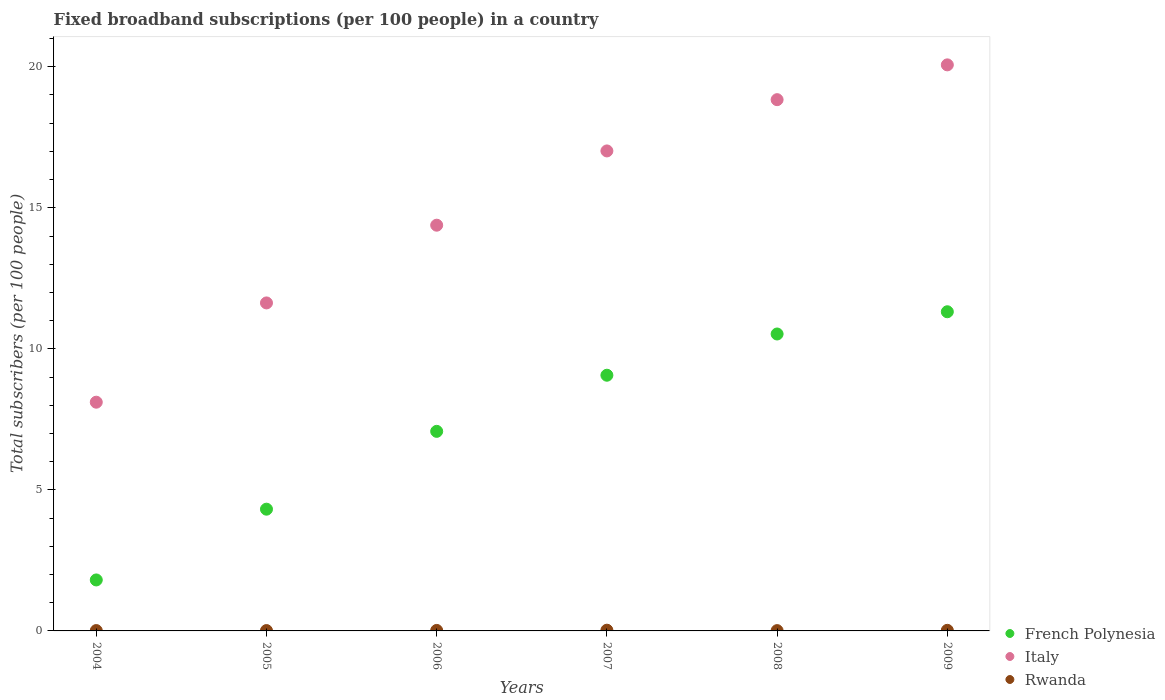
| Years | French Polynesia | Italy | Rwanda |
 | --- | --- | --- | --- |
 | 2004 | 1.81 | 8.11 | 0.0124 |
 | 2005 | 4.32 | 11.6 | 0.0125 |
 | 2006 | 7.07 | 14.4 | 0.0176 |
 | 2007 | 9.06 | 17 | 0.0256 |
 | 2008 | 10.5 | 18.8 | 0.011 |
 | 2009 | 11.3 | 20.1 | 0.021 |